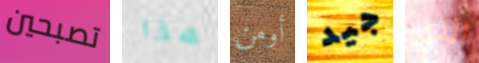
تصبحين هذا أومن جيد الذي